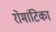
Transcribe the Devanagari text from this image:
रोमांटिका